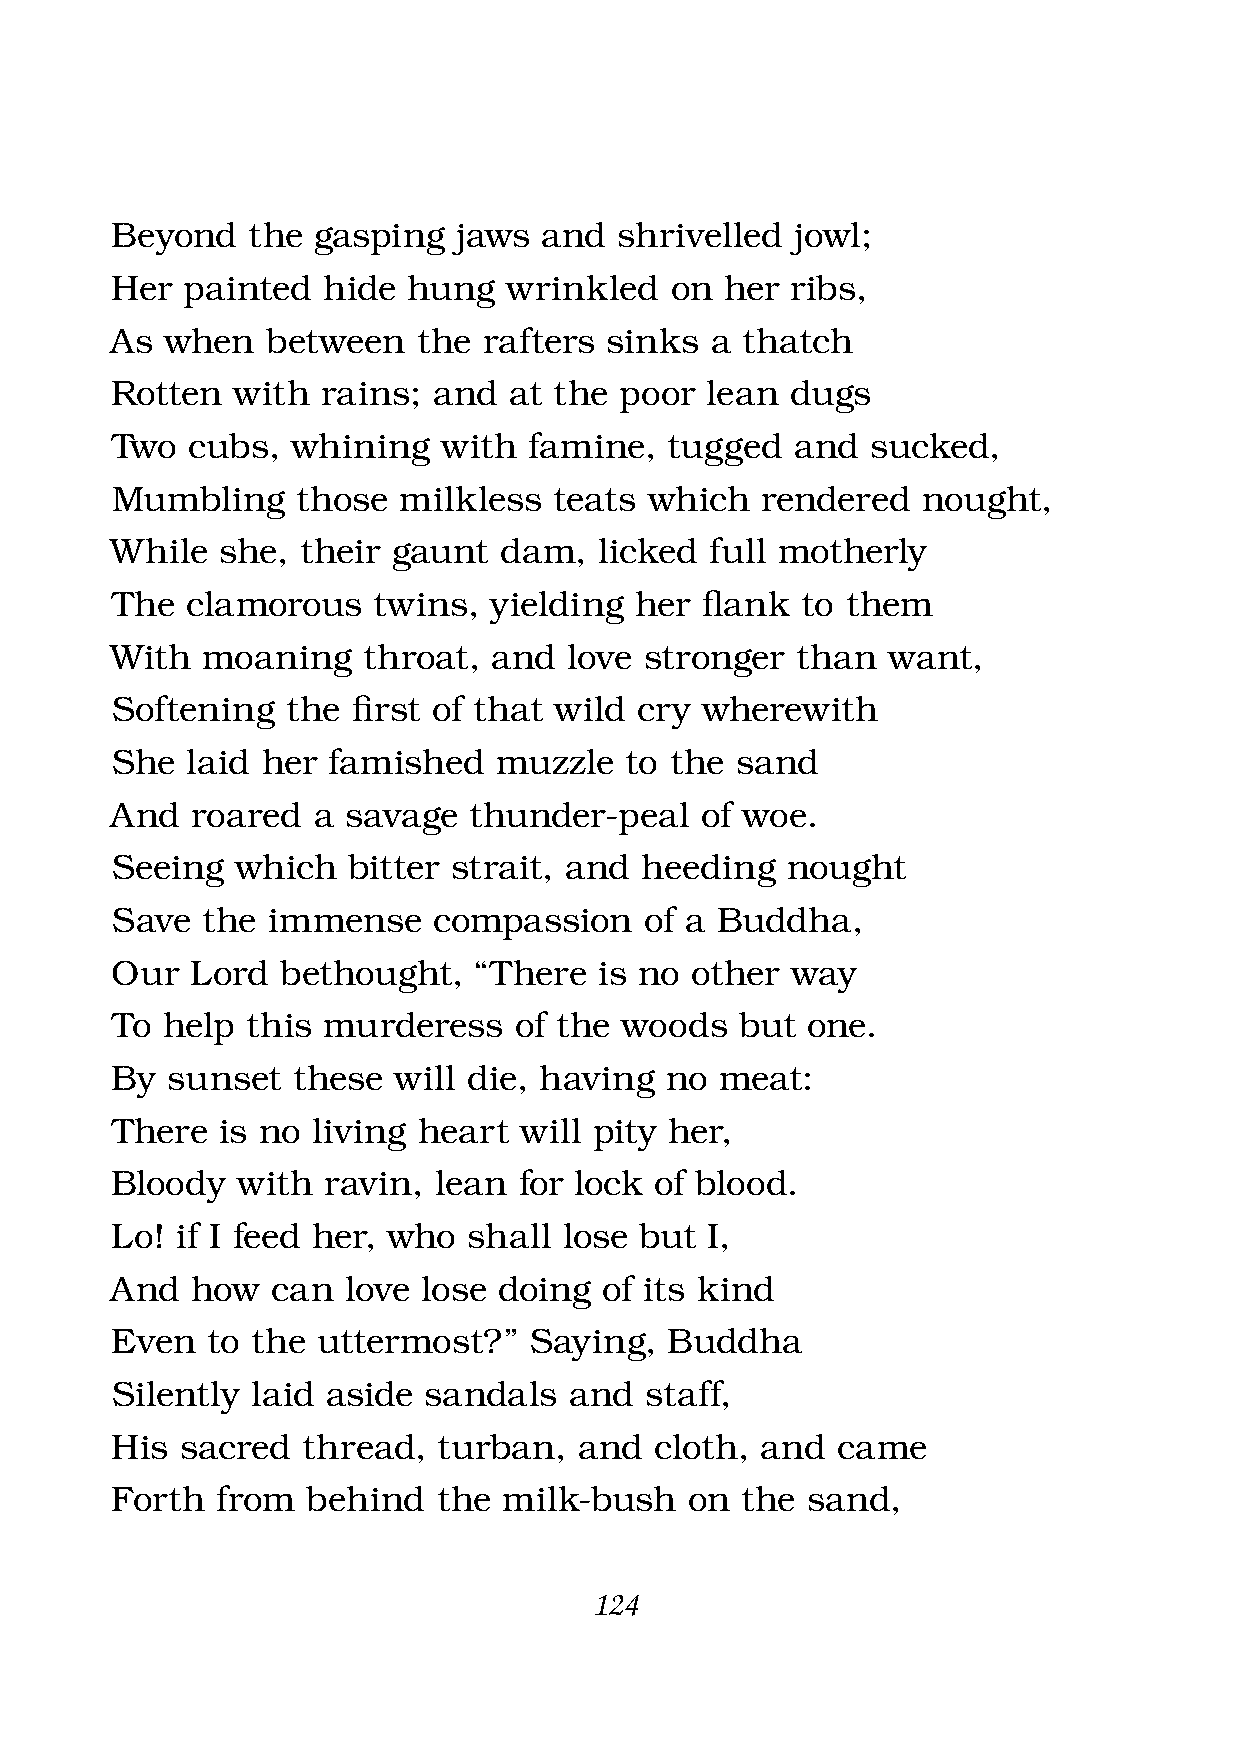
Beyond   the  gasping  jaws  and  shrivelled  jowl;
 Her  painted  hide  hung   wrinkled  on  her ribs,
 As  when   between   the rafters sinks  a thatch
 Rotten  with  rains;  and  at the poor  lean dugs
 Two  cubs,  whining   with  famine,  tugged   and  sucked,
 Mumbling     those milkless   teats which  rendered   nought,
 While   she, their gaunt  dam,   licked full motherly
 The  clamorous    twins, yielding  her fl ank to them
 With  moaning    throat,  and  love stronger  than  want,
 Softening   the fi rst of that wild cry wherewith
 She  laid her  famished   muzzle  to the  sand
 And   roared  a savage  thunder-peal   of woe.
 Seeing   which  bitter strait, and heeding   nought
 Save  the  immense    compassion    of a Buddha,
 Our   Lord  bethought,  “There   is no other way
 To  help this murderess    of the woods   but one.
 By  sunset  these  will die, having  no  meat:
 There   is no living heart will pity her,
 Bloody   with ravin,  lean for lock of blood.
 Lo!  if I feed her, who shall lose but  I,
 And   how  can  love lose doing  of its kind
 Even   to the uttermost?”   Saying,  Buddha
 Silently  laid aside sandals   and  staff,
 His  sacred  thread,  turban,  and  cloth, and  came
 Forth  from  behind   the milk-bush    on the sand,
 124